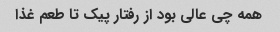
همه چی عالی بود از رفتار پیک تا طعم غذا